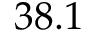
3 8 . 1